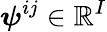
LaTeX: \boldsymbol{\psi}^{ij}\in\mathbb{R}^{I}